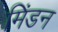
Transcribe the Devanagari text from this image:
मिंडन